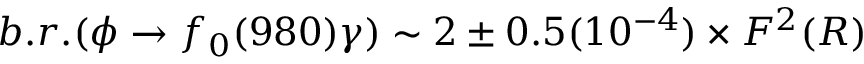
b . r . ( \phi \to f _ { 0 } ( 9 8 0 ) \gamma ) \sim 2 \pm 0 . 5 ( 1 0 ^ { - 4 } ) \times F ^ { 2 } ( R )